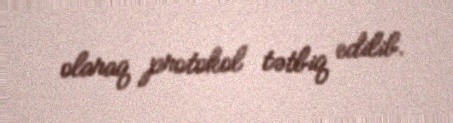
olaraq protokol tətbiq edilib.